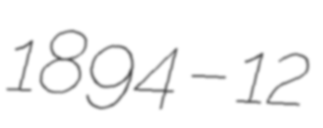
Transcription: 1894 – 12